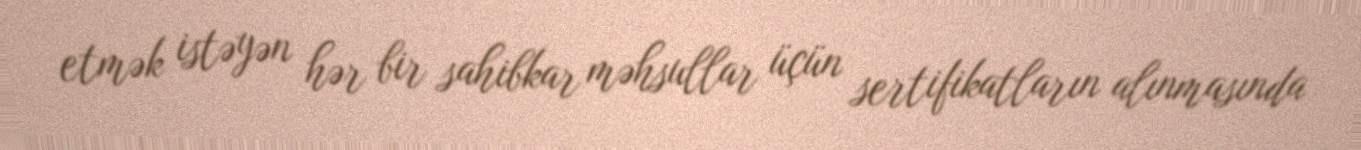
etmək istəyən hər bir sahibkar məhsullar üçün sertifikatların alınmasında